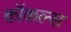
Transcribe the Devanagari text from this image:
कॉकल्स